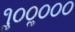
૧ૢ૦૦ૢ૦૦૦